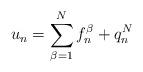
LaTeX: \begin{align*}u_n=\sum_{\beta=1}^{N} f_n^{\beta}+q_n^N\end{align*}